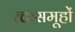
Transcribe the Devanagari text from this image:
रक्तसमूहों